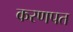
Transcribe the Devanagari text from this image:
करणपत